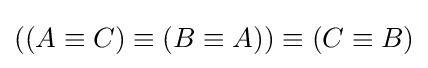
((A\equiv C)\equiv (B\equiv A))\equiv (C\equiv B)